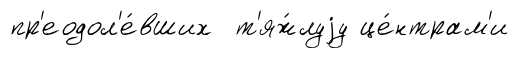
пр'еодол'е́вших т'яж́луjу це́нтрам'и